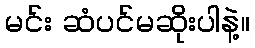
မင်း ဆံပင်မဆိုးပါနဲ့။